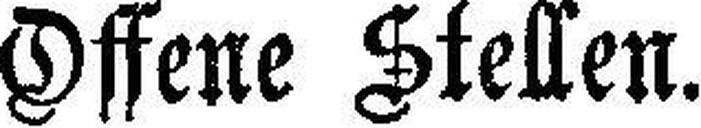
Offene Stellen.